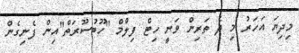
މިދިޔަ އަހަރު މި ދެ ތަރިން ވަނީ ހިޓް ފިލްމް "ހޫބުސޫރަތް"އިން ފެނިގެން